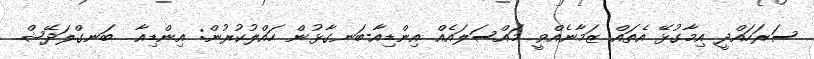
ސަރަހައްދީ އިމާގުޅޭ އެތައް ޒަމާނެއްވީ މައްސަލައެއް އިންޑިއާ-ބަނގާޅުން ހައްލުކުރުން: އިންޑިއާ  ބަނގްލަދޭޝް